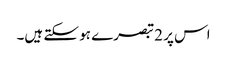
اس پر 2 تبصرے ہو سکتے ہیں۔